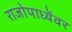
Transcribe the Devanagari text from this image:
राजोपाध्येंवर